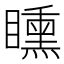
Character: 矄